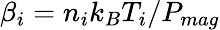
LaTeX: \beta_{i}=n_{i}k_{B}T_{i}/P_{mag}